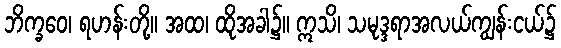
ဘိက္ခဝေ၊ ရဟန်းတို့။ အထ၊ ထိုအခါ၌။ ဣသိ၊ သမုဒ္ဒရာအလယ်ကျွန်းငယ်၌